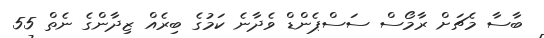
ބާސާ މެޗަށް ރާމޯސް ސަސްޕެންޑް ވެދާނެ ކަމުގެ ބިރެއް ޒިދާންގެ ނެތް 55